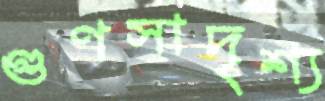
গুণসাদৃশ্য